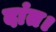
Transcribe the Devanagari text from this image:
दांत।